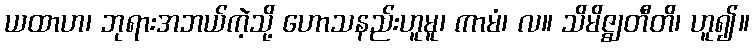
ယထာဟ၊ ဘုရားအဘယ်ကဲ့သို့ ဟောသနည်းဟူမူ၊ ကာမံ၊ လ။ သိမိဇ္ဈတီတိ၊ ဟူ၍။